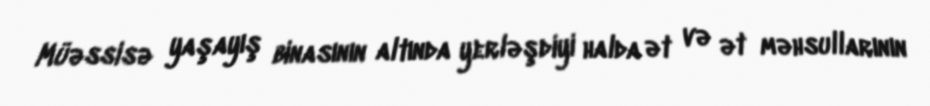
Müəssisə yaşayış binasının altında yerləşdiyi halda ət və ət məhsullarının